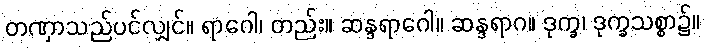
တဏှာသည်ပင်လျှင်။ ရာဂေါ၊ တည်း။ ဆန္ဒရာဂေါ။ ဆန္ဒရာဂ။ ဒုက္ခ၊ ဒုက္ခသစ္စာ၌။